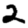
Digit: 2